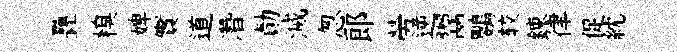
疊糗婢實道濳勣滅怱郞勞逆鬻鸚较錬律促紞